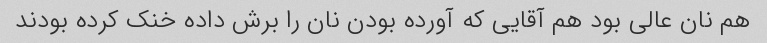
هم نان عالی بود هم آقایی که آورده بودن نان را برش داده خنک کرده بودند